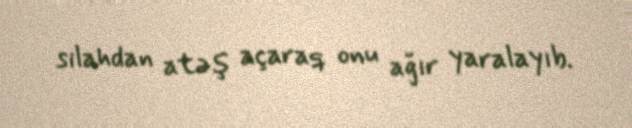
silahdan atəş açaraq onu ağır yaralayıb.